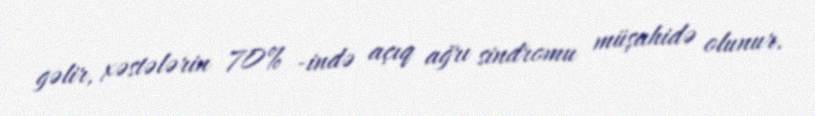
gəlir, xəstələrin 70% -ində açıq ağrı sindromu müşahidə olunur.